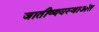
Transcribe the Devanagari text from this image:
जातीव्यवस्थाअंत